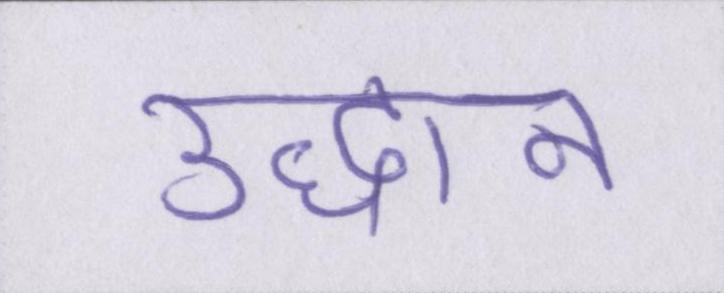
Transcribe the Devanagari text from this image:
उद्धान